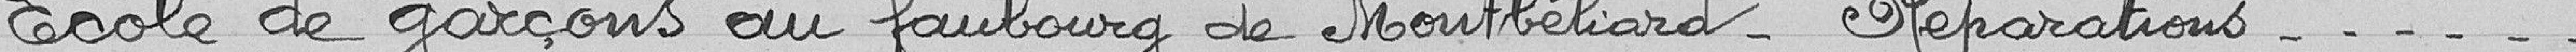
Ecole de garçons au faubourg de Montbéliard - Réparations